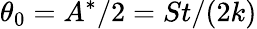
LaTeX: \theta_{0}=A^{*}/2=St/(2k)